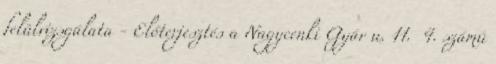
felülvizsgálata - Előterjesztés a Nagycenki Gyár u. 11. 4. számú